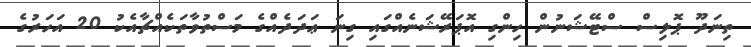
ތިނަދޫ ޕޮލިސް ސްޓޭޝަނުން ހިންގި އޮޕަރޭޝަނެއްގައި ގިނަ ޢަދަދެއްގެ މަސްތުވާތަކެއްޗާއެކު 20 އަހަރުގެ